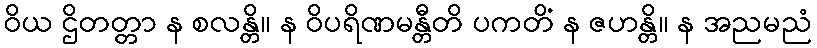
ဝိယ ဌိတတ္တာ န စလန္တိ။ န ဝိပရိဏမန္တီတိ ပကတိံ န ဇဟန္တိ။ န အညမညံ